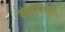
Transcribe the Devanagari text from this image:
बोनामस्सा